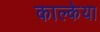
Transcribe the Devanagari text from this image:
काल्केया